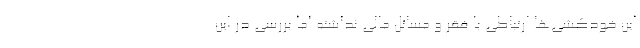
این خودکشی‌ها ارتباطی با فقر و مسائل مالی نداشته اما بررسی در این